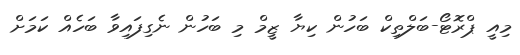
މިއީ ޕްރޮޓޯ-ބަލްތިކް ބަހުން ކިޔާ ޒީމް މި ބަހުން ނެގިފައިވާ ބަހެއް ކަމަށް